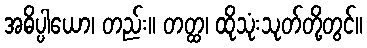
အဓိပ္ပါယော၊ တည်း။ တတ္ထ၊ ထိုသုံးသုတ်တို့တွင်။